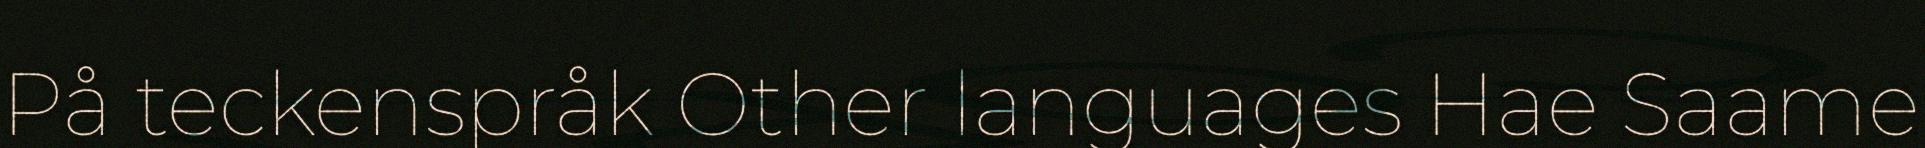
På teckenspråk Other languages Hae Saame